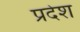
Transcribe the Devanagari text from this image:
प्रदेश